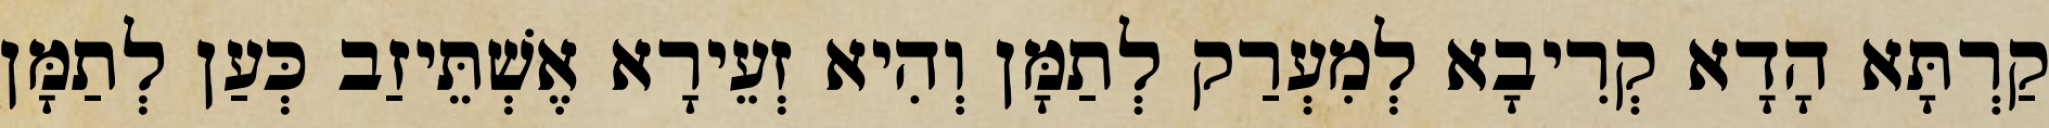
קַרְתָּא הָדָא קְרִיבָא לְמִעְרַק לְתַמָּן וְהִיא זְעֵירָא אֶשְׁתֵּיזַב כְּעַן לְתַמָּן